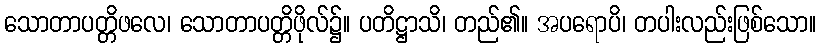
သောတာပတ္တိဖလေ၊ သောတာပတ္တိဖိုလ်၌။ ပတိဋ္ဌာသိ၊ တည်၏။ အပရောပိ၊ တပါးလည်းဖြစ်သော။